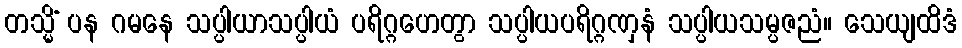
တသ္မိံ ပန ဂမနေ သပ္ပါယာသပ္ပါယံ ပရိဂ္ဂဟေတွာ သပ္ပါယပရိဂ္ဂဏှနံ သပ္ပါယသမ္ပဇညံ။ သေယျထိဒံ